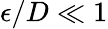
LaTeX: \epsilon/D\ll 1